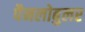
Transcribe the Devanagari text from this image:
पैनलोबुलर